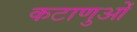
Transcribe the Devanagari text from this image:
कटाणुओं